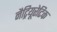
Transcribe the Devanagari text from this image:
नैट्रियूरेटिक